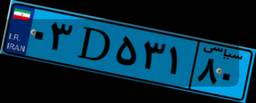
۴۶D۹۵۴۷۶